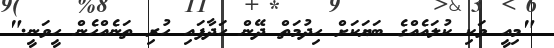
"މިއީ ވަކި ކުލައެއްގެ ބަޔަކަށް ހިދުމަތް ދޭން ހަދާފައި ހުރި ތަނެއްހެން ހީވަނީ."